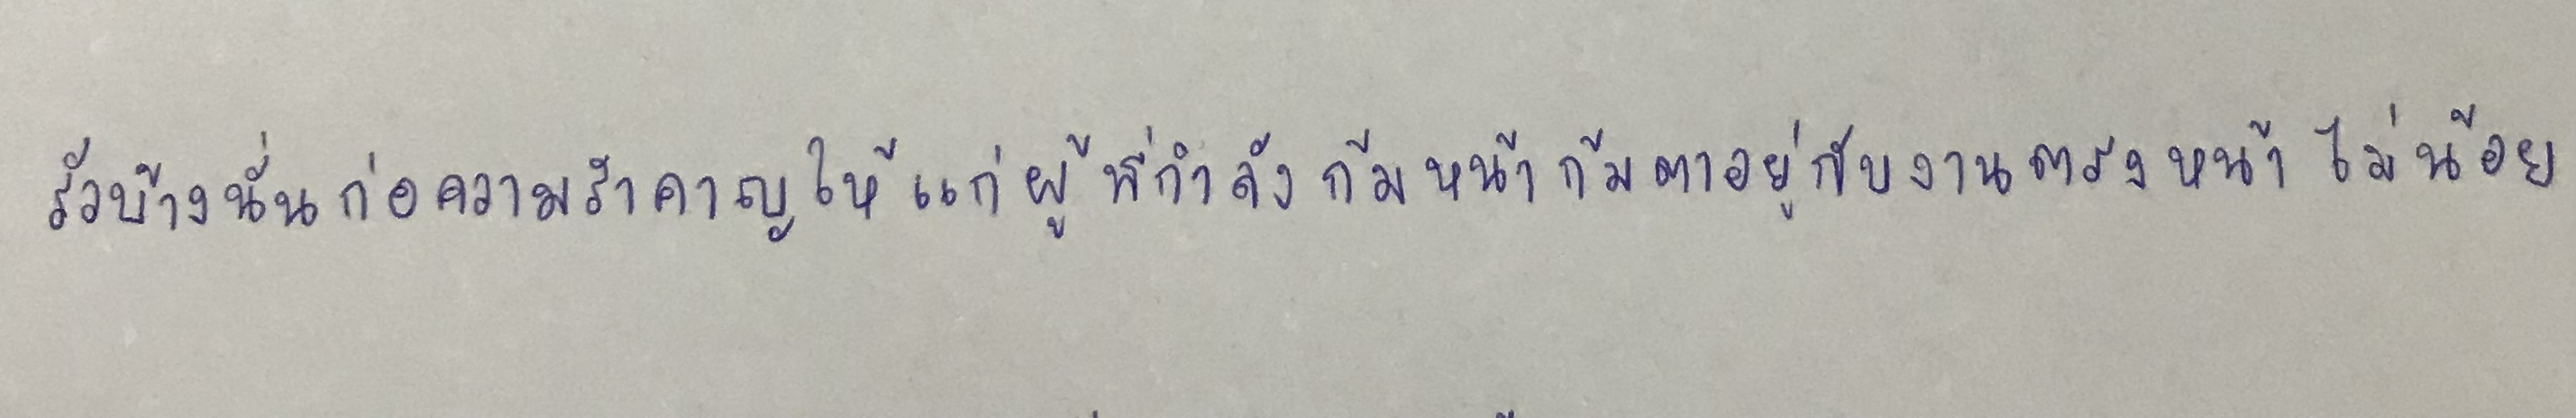
รัวบ้างนั่นก่อความรำคาญให้แก่ผู้ที่กำลังก้มหน้าก้มตาอยู่กับงานตรงหน้าไม่น้อย